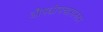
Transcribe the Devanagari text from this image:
औषधोपचारानंतर